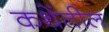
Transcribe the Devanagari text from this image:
कथेंतील